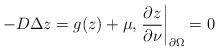
LaTeX: \begin{align*} -D\Delta z=g(z)+\mu, \left. \frac{\partial z}{\partial \nu}\right\vert_{\partial\Omega}=0 \end{align*}